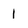
Character: 1